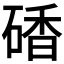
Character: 𥔜